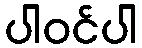
ပါဝင်ပါ